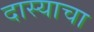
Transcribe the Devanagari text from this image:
दास्याचा